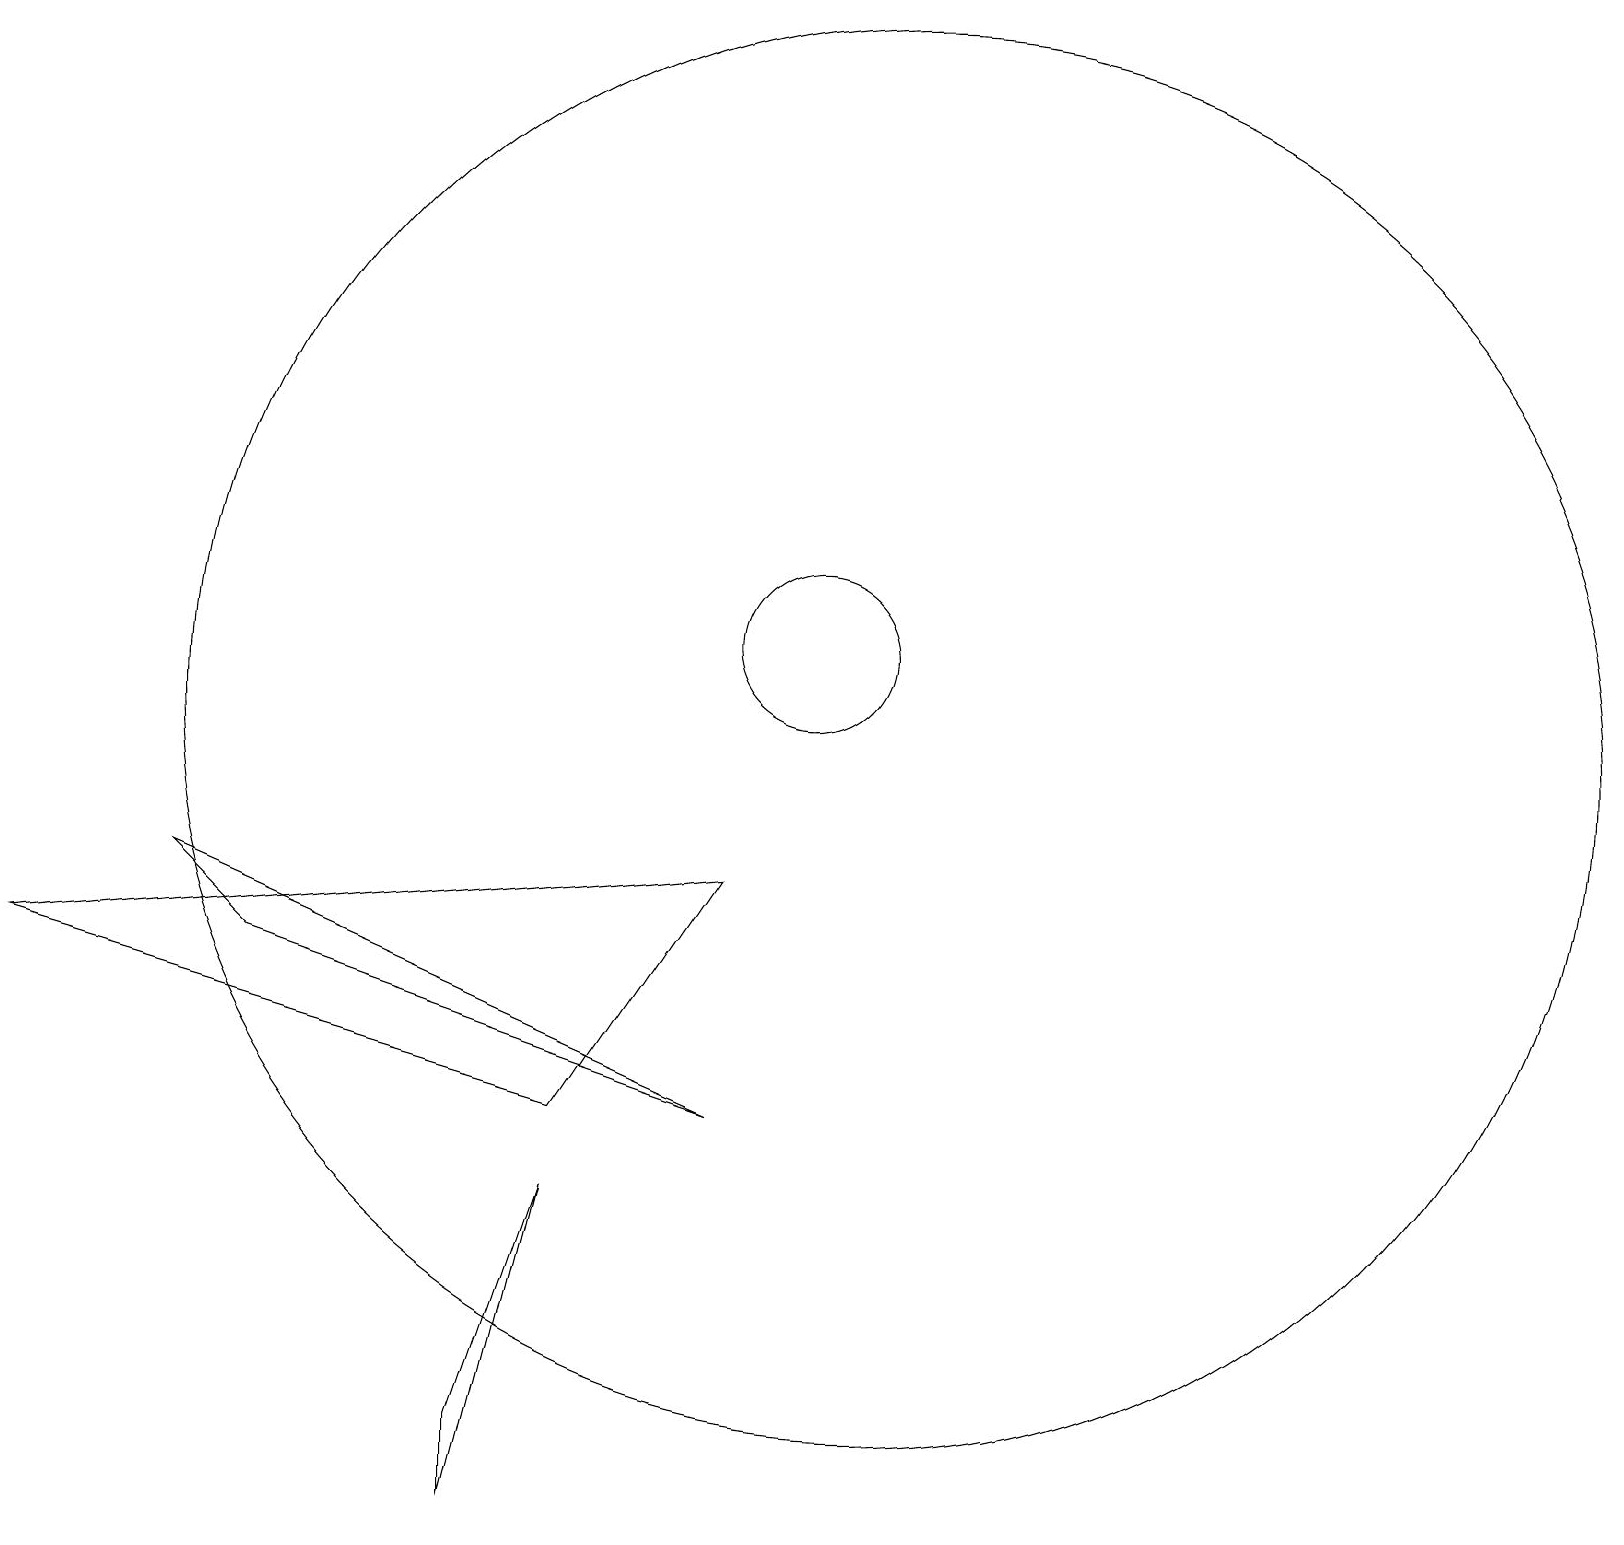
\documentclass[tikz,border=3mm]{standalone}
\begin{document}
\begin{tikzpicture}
\draw (10,11) circle (1);
\draw (7,5) -- (9,8) -- (0,7) -- cycle;
\draw (7,4) -- (6,1) -- (6,0) -- cycle;
\draw (11,10) circle (9);
\draw (3,7) -- (9,5) -- (2,8) -- cycle;
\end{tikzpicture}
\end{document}